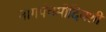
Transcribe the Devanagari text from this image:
नागपंचमीदिवशी